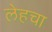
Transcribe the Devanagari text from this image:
लेहचा